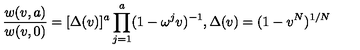
{ \frac { w ( v , a ) } { w ( v , 0 ) } } = [ \Delta ( v ) ] ^ { a } \prod _ { j = 1 } ^ { a } ( 1 - \omega ^ { j } v ) ^ { - 1 } , { } \Delta ( v ) = ( 1 - v ^ { N } ) ^ { 1 / N }